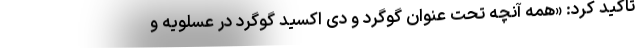
تاکید کرد: «همه آنچه تحت عنوان گوگرد و دی اکسید گوگرد در عسلویه و